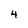
Character: 4